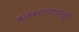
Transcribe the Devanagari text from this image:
कलकत्त्यापासून